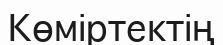
Көміртектің